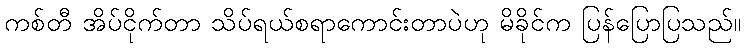
ကစ်တီ အိပ်ငိုက်တာ သိပ်ရယ်စရာကောင်းတာပဲဟု မိခိုင်က ပြန်ပြောပြသည်။